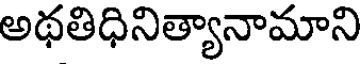
అథతిధినిత్యానామాని